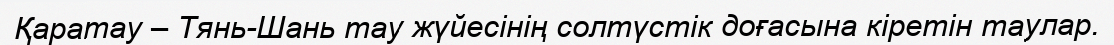
Қаратау – Тянь-Шань тау жүйесінің солтүстік доғасына кіретін таулар.